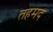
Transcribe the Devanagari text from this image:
तहमद